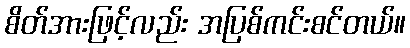
စိတ်အားဖြင့်လည်း အပြစ်ကင်းစင်တယ်။